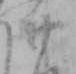
廿